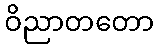
ဝိညာတတော